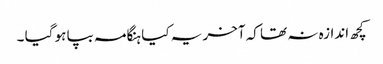
کچھ اندازہ نہ تھا کہ آخر یہ کیا ہنگامہ بپا ہو گیا ۔